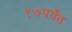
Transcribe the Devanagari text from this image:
१७पर्यंत